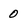
Character: 0